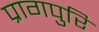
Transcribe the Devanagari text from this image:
प्रागपुरि